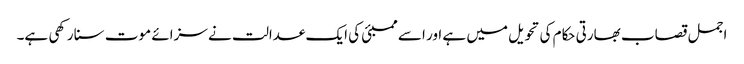
اجمل قصاب بھارتی حکام کی تحویل میں ہے اور اسے ممبئی کی ایک عدالت نے سزائے موت سنا رکھی ہے۔